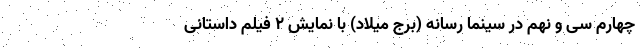
چهارم سی و نهم در سینما رسانه (برج میلاد) با نمایش 2 فیلم داستانی